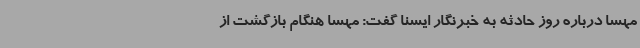
مهسا درباره روز حادثه به خبرنگار ایسنا گفت: مهسا هنگام بازگشت از